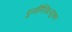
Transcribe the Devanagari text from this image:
पुनर्निवेशयुक्त